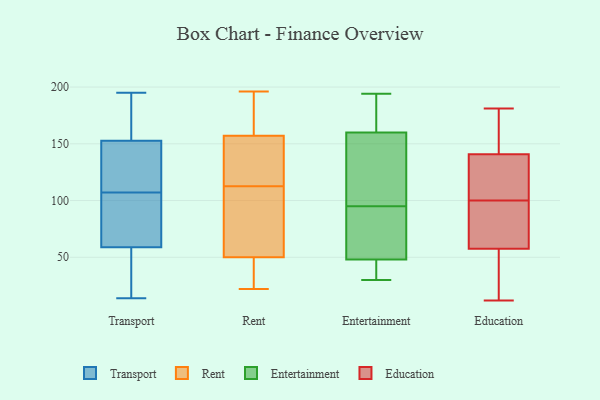
{"axis": {"x": "Net Income (USD K)", "y": "Value"}, "legend": ["Education", "Entertainment", "Rent", "Transport"], "data": [{"x": "", "y": 37, "type": "Transport"}, {"x": "", "y": 81, "type": "Transport"}, {"x": "", "y": 149, "type": "Transport"}, {"x": "", "y": 107, "type": "Transport"}, {"x": "", "y": 66, "type": "Transport"}, {"x": "", "y": 165, "type": "Transport"}, {"x": "", "y": 15, "type": "Transport"}, {"x": "", "y": 195, "type": "Transport"}, {"x": "", "y": 125, "type": "Transport"}, {"x": "", "y": 164, "type": "Transport"}, {"x": "", "y": 121, "type": "Transport"}, {"x": "", "y": 14, "type": "Transport"}, {"x": "", "y": 99, "type": "Transport"}, {"x": "", "y": 22, "type": "Rent"}, {"x": "", "y": 196, "type": "Rent"}, {"x": "", "y": 157, "type": "Rent"}, {"x": "", "y": 50, "type": "Rent"}, {"x": "", "y": 114, "type": "Rent"}, {"x": "", "y": 179, "type": "Rent"}, {"x": "", "y": 47, "type": "Rent"}, {"x": "", "y": 78, "type": "Rent"}, {"x": "", "y": 111, "type": "Rent"}, {"x": "", "y": 118, "type": "Rent"}, {"x": "", "y": 30, "type": "Entertainment"}, {"x": "", "y": 160, "type": "Entertainment"}, {"x": "", "y": 47, "type": "Entertainment"}, {"x": "", "y": 48, "type": "Entertainment"}, {"x": "", "y": 107, "type": "Entertainment"}, {"x": "", "y": 186, "type": "Entertainment"}, {"x": "", "y": 175, "type": "Entertainment"}, {"x": "", "y": 93, "type": "Entertainment"}, {"x": "", "y": 113, "type": "Entertainment"}, {"x": "", "y": 194, "type": "Entertainment"}, {"x": "", "y": 83, "type": "Entertainment"}, {"x": "", "y": 39, "type": "Entertainment"}, {"x": "", "y": 92, "type": "Entertainment"}, {"x": "", "y": 72, "type": "Entertainment"}, {"x": "", "y": 193, "type": "Entertainment"}, {"x": "", "y": 116, "type": "Entertainment"}, {"x": "", "y": 34, "type": "Entertainment"}, {"x": "", "y": 97, "type": "Entertainment"}, {"x": "", "y": 53, "type": "Education"}, {"x": "", "y": 24, "type": "Education"}, {"x": "", "y": 70, "type": "Education"}, {"x": "", "y": 139, "type": "Education"}, {"x": "", "y": 95, "type": "Education"}, {"x": "", "y": 59, "type": "Education"}, {"x": "", "y": 100, "type": "Education"}, {"x": "", "y": 26, "type": "Education"}, {"x": "", "y": 166, "type": "Education"}, {"x": "", "y": 12, "type": "Education"}, {"x": "", "y": 146, "type": "Education"}, {"x": "", "y": 104, "type": "Education"}, {"x": "", "y": 181, "type": "Education"}, {"x": "", "y": 169, "type": "Education"}, {"x": "", "y": 118, "type": "Education"}, {"x": "", "y": 109, "type": "Education"}, {"x": "", "y": 98, "type": "Education"}]}